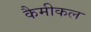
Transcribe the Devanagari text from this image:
कैमीकल